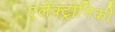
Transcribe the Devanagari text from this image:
एलेक्ट्रोनिकी